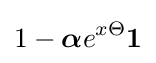
1-{\boldsymbol {\alpha }}e^{x\Theta }{\boldsymbol {1}}